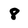
Character: 8